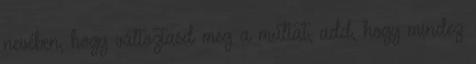
nevében, hogy változtasd meg a múltat, add, hogy mindez